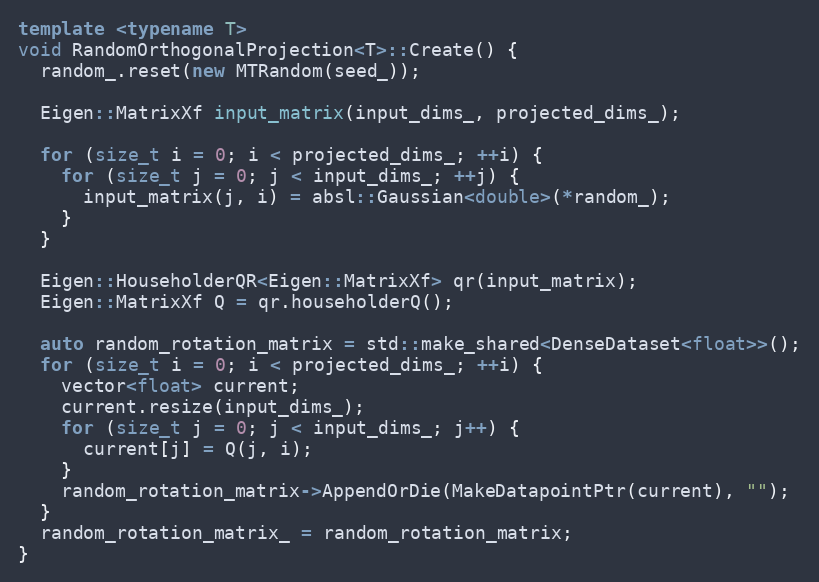
Language: C++
template <typename T>
void RandomOrthogonalProjection<T>::Create() {
  random_.reset(new MTRandom(seed_));

  Eigen::MatrixXf input_matrix(input_dims_, projected_dims_);

  for (size_t i = 0; i < projected_dims_; ++i) {
    for (size_t j = 0; j < input_dims_; ++j) {
      input_matrix(j, i) = absl::Gaussian<double>(*random_);
    }
  }

  Eigen::HouseholderQR<Eigen::MatrixXf> qr(input_matrix);
  Eigen::MatrixXf Q = qr.householderQ();

  auto random_rotation_matrix = std::make_shared<DenseDataset<float>>();
  for (size_t i = 0; i < projected_dims_; ++i) {
    vector<float> current;
    current.resize(input_dims_);
    for (size_t j = 0; j < input_dims_; j++) {
      current[j] = Q(j, i);
    }
    random_rotation_matrix->AppendOrDie(MakeDatapointPtr(current), "");
  }
  random_rotation_matrix_ = random_rotation_matrix;
}